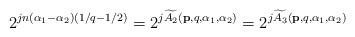
LaTeX: \begin{align*} 2^{jn(\alpha_1-\alpha_2)(1/q-1/2)}=2^{j\widetilde{A_2}(\mathbf{p},q,\alpha_1,\alpha_2)}=2^{j\widetilde{A_3}(\mathbf{p},q,\alpha_1,\alpha_2)}\end{align*}